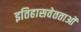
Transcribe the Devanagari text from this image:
इतिहासवेतताओं